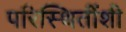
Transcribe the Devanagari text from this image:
परिस्थितींशी